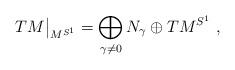
LaTeX: \begin{align*}TM\big|_{M^{S^1}}=\bigoplus_{\gamma\neq0} N_\gamma \oplus TM^{S^1}\ ,\end{align*}